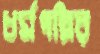
ধর্মপল্লির